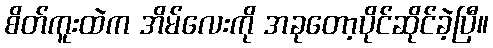
စိတ်ကူးထဲက အိမ်လေးကို အခုတော့ပိုင်ဆိုင်ခဲ့ပြီ။